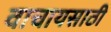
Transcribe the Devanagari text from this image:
वाचायसाठी